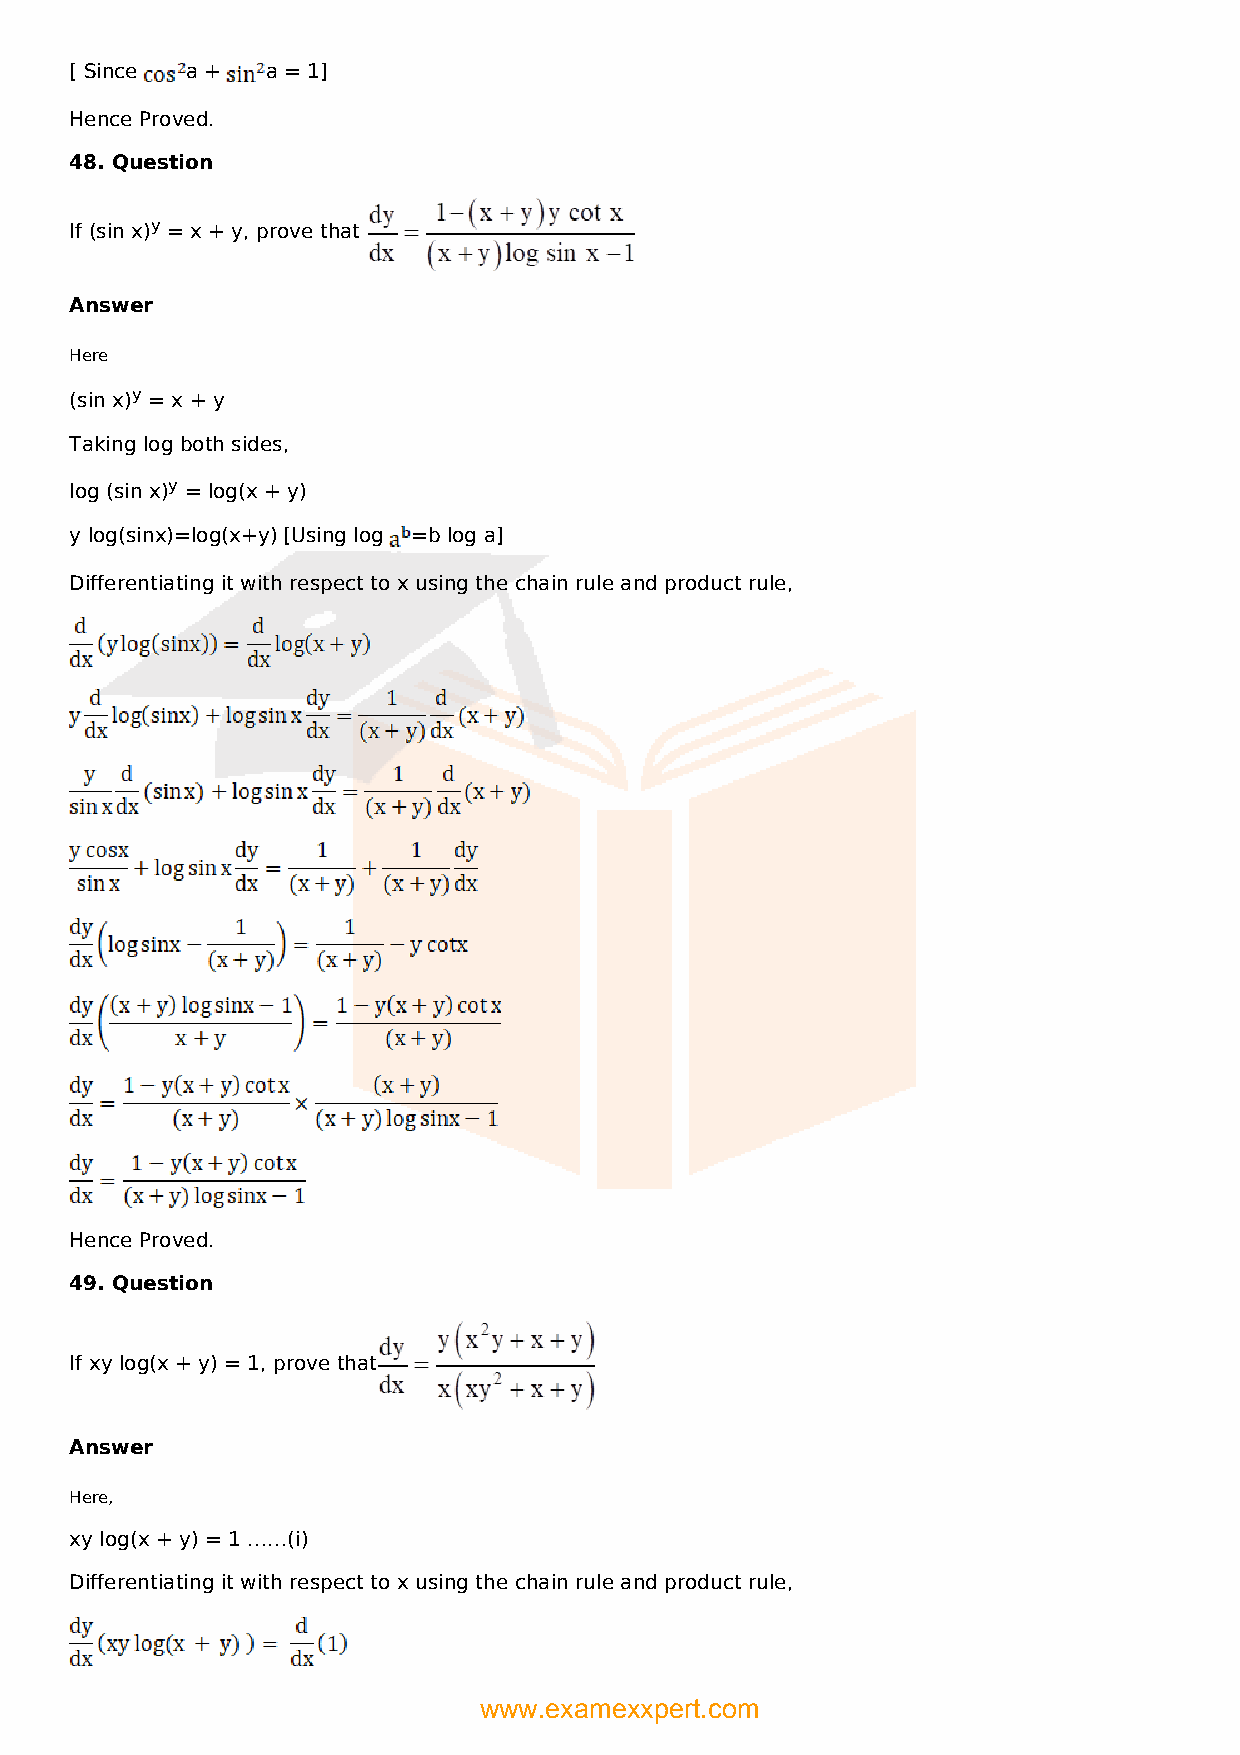
[ Since a +  a = 1]
 Hence Proved.
 48. Question
 If (sin x)y = x + y, prove that
 Answer
 Here
 (sin x)y = x + y
 Taking log both sides,
 log (sin x)y = log(x + y)
 y log(sinx)=log(x+y) [Using log =b log a]
 Differentiating it with respect to x using the chain rule and product rule,
 Hence Proved.
 49. Question
 If xy log(x + y) = 1, prove that
 Answer
 Here,
 xy log(x + y) = 1 ……(i)
 Differentiating it with respect to x using the chain rule and product rule,
 www.examexxpert.com